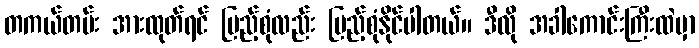
တကယ်တမ်း အားထုတ်ရင် ပြည့်စုံလည်း ပြည့်စုံနိုင်ပါတယ်။ ဒီလို အခါကောင်းကြီးထဲမှာ